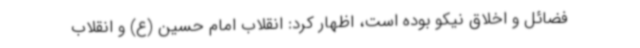
فضائل و اخلاق نیکو بوده است، اظهار کرد: انقلاب امام حسین (ع) و انقلاب